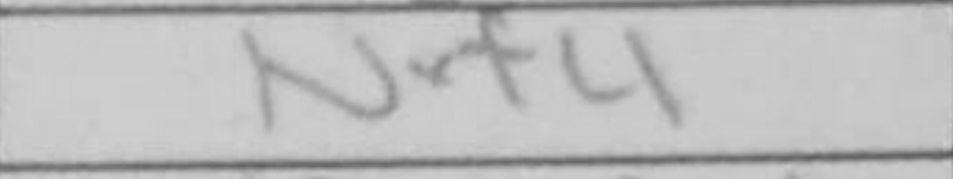
Transcription: Nxf4